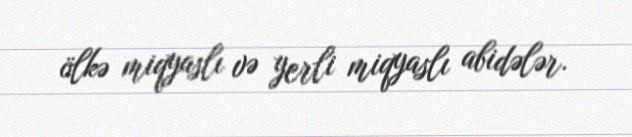
ölkə miqyaslı və yerli miqyaslı abidələr.